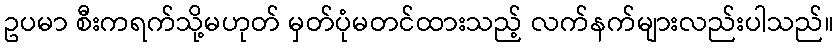
ဥပမာ စီးကရက်သို့မဟုတ် မှတ်ပုံမတင်ထားသည့် လက်နက်များလည်းပါသည်။